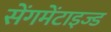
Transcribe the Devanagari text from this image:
सेंगमेंटाइज्ड